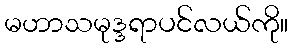
မဟာသမုဒ္ဒရာပင်လယ်ကို။